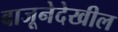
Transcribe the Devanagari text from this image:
बाजूनेदेखील